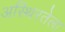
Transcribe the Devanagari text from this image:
अस्थिरतेला